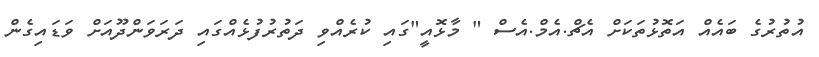
އުތުރުގެ ބައެއް އަތޮޅުތަކަށް އެޗް.އެމް.އެސް " މާޅޮއީ"ގައި ކުރެއްވި ދަތުރުފުޅެއްގައި ދަރަވަންދޫއަށް ވަޑައިގެން